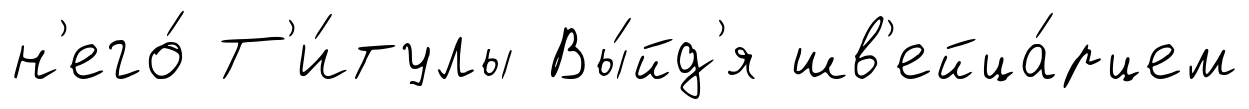
н'его́ Т'и́тулы Вы́йд'я шв'ейца́рцем